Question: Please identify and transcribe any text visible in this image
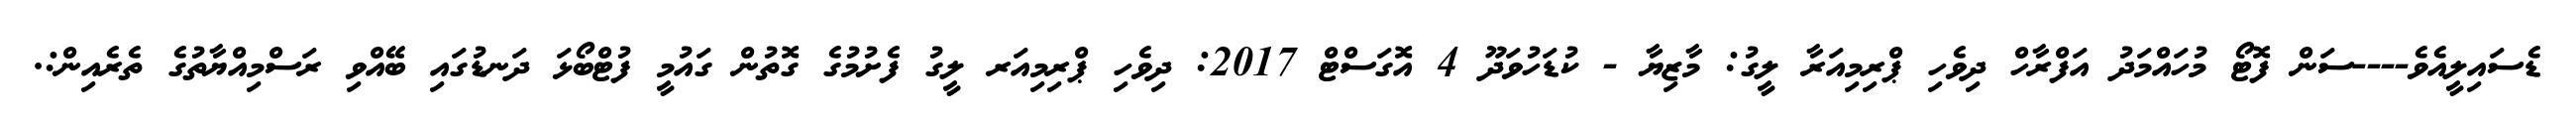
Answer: ޑެސައިލީއެވެ----ސަން ފޮޓޯ މުހައްމަދު އަފްރާހް ދިވެހި ޕްރިމިއަރާ ލީގު: މާޒިޔާ - ކުޑަހުވަދޫ 4 އޮގަސްޓް 2017: ދިވެހި ޕްރިމިއަރ ލީގު ފެށުމުގެ ގޮތުން ގައުމީ ފުޓްބޯޅަ ދަނޑުގައި ބޭއްވި ރަސްމިއްޔާތުގެ ތެރެއިން:.